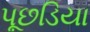
પૂછડિયા